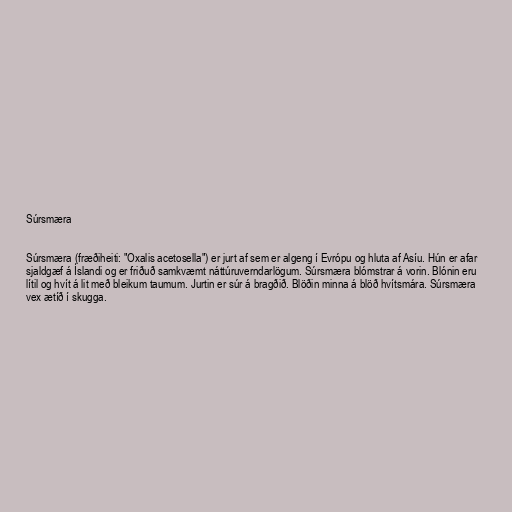
Súrsmæra

Súrsmæra (fræðiheiti: "Oxalis acetosella") er jurt af sem er algeng í Evrópu og hluta af Asíu. Hún er afar
sjaldgæf á Íslandi og er friðuð samkvæmt náttúruverndarlögum. Súrsmæra blómstrar á vorin. Blónin eru
lítil og hvít á lit með bleikum taumum. Jurtin er súr á bragðið. Blöðin minna á blöð hvítsmára. Súrsmæra
vex ætíð í skugga.